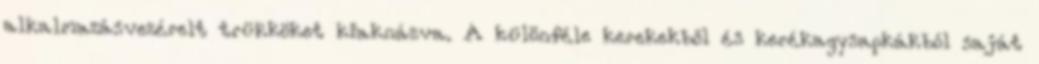
alkalmazásvezérelt trükköket kiaknázva. A különféle kerekekből és kerékagysapkákból saját